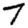
Digit: 7